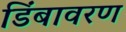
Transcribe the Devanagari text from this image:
डिंबावरण